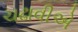
ચઢાવીએ